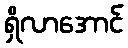
ရှိလာအောင်